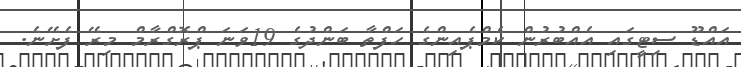
އައްޑޫ ސިޓީގައި އެއްބުރުން ކެމްޕެއިންގެ ހަފްތާ ބަންދުގެ 19ވަނަ ޕްރޮގްރާމް މިރޭ ފެށޭނެ.